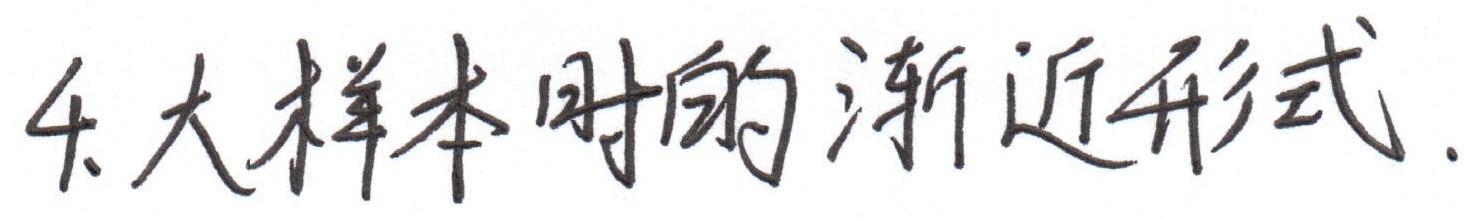
4.大样本时的渐近形式.